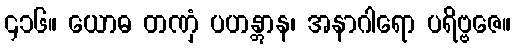
၄၁၆။ ယောဓ တဏှံ ပဟန္တွာန၊ အနာဂါရော ပရိဗ္ဗဇေ။